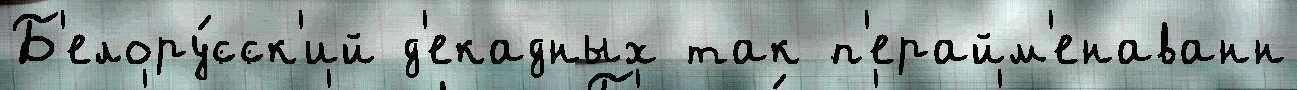
Б'елору́сск'ий д'екадных так п'ерайм'енаванн